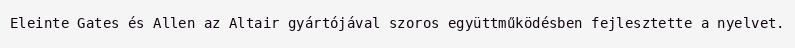
Eleinte Gates és Allen az Altair gyártójával szoros együttműködésben fejlesztette a nyelvet.